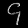
Digit: ၄